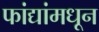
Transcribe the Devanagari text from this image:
फांद्यांमधून